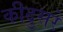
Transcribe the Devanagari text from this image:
कीदुसरे